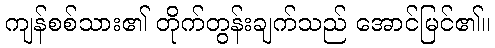
ကျန်စစ်သား၏ တိုက်တွန်းချက်သည် အောင်မြင်၏။